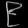
Digit: ၉